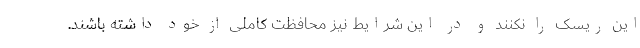
این ریسک را نکنند و در این شرایط نیز محافظت کاملی از خود داشته باشند.